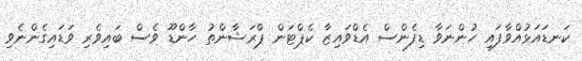
ކަނޑައަޅުއްވާފައި ހުންނަވާ ޑިފެންސް އެޑްވައިޒާ ކެޕްޓަން ޕްރަޝާންތު ހާންޑޫ ވެސް ބައިވެރި ވަޑައިގެންނެވި